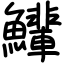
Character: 𫚄